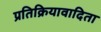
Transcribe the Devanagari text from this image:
प्रतिक्रियावादिता